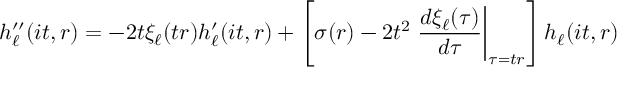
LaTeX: h _ { \ell } ^ { \prime \prime } ( i t , r ) = - 2 t \xi _ { \ell } ( t r ) h _ { \ell } ^ { \prime } ( i t , r ) + \left[ \sigma ( r ) - 2 t ^ { 2 } \left. \frac { d \xi _ { \ell } ( \tau ) } { d \tau } \right| _ { \tau = t r } \right] h _ { \ell } ( i t , r )